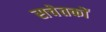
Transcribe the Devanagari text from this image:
सचेतकों